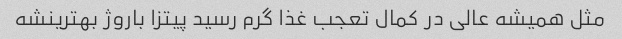
مثل همیشه عالی در کمال تعجب غذا گرم رسید پیتزا باروژ بهترینشه